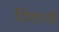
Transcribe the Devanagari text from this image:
दिशानी